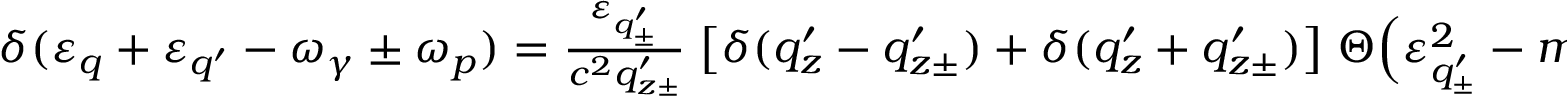
\begin{array} { r } { \delta ( \varepsilon _ { q } + \varepsilon _ { q ^ { \prime } } - \omega _ { \gamma } \pm \omega _ { p } ) = \frac { \varepsilon _ { q _ { \pm } ^ { \prime } } } { c ^ { 2 } q _ { z \pm } ^ { \prime } } \; \big [ \delta ( q _ { z } ^ { \prime } - q _ { z \pm } ^ { \prime } ) + \delta ( q _ { z } ^ { \prime } + q _ { z \pm } ^ { \prime } ) \big ] \; \Theta \Big ( \varepsilon _ { q _ { \pm } ^ { \prime } } ^ { 2 } - m _ { \mathrm { e } } ^ { 2 } c ^ { 4 } / \hbar ^ { 2 } - c ^ { 2 } q _ { \parallel \pm } ^ { \prime \, 2 } \Big ) \; \Theta \Big ( \omega _ { \gamma } \mp \omega _ { p } - \varepsilon _ { q } \Big ) , } \end{array}